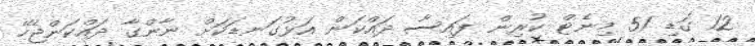
12 ގަޑި 51 މިނެޓް ކުރިން ފައިސާ ދައްކަން އަޅުގަނޑަކަށް ނާންގާ ދައްކަންޖެހޭ